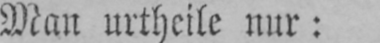
Man urtheile nur: